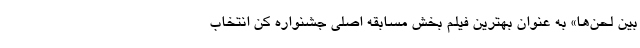
بین لحن‌ها» به عنوان بهترین فیلم بخش مسابقه اصلی جشنواره کن انتخاب